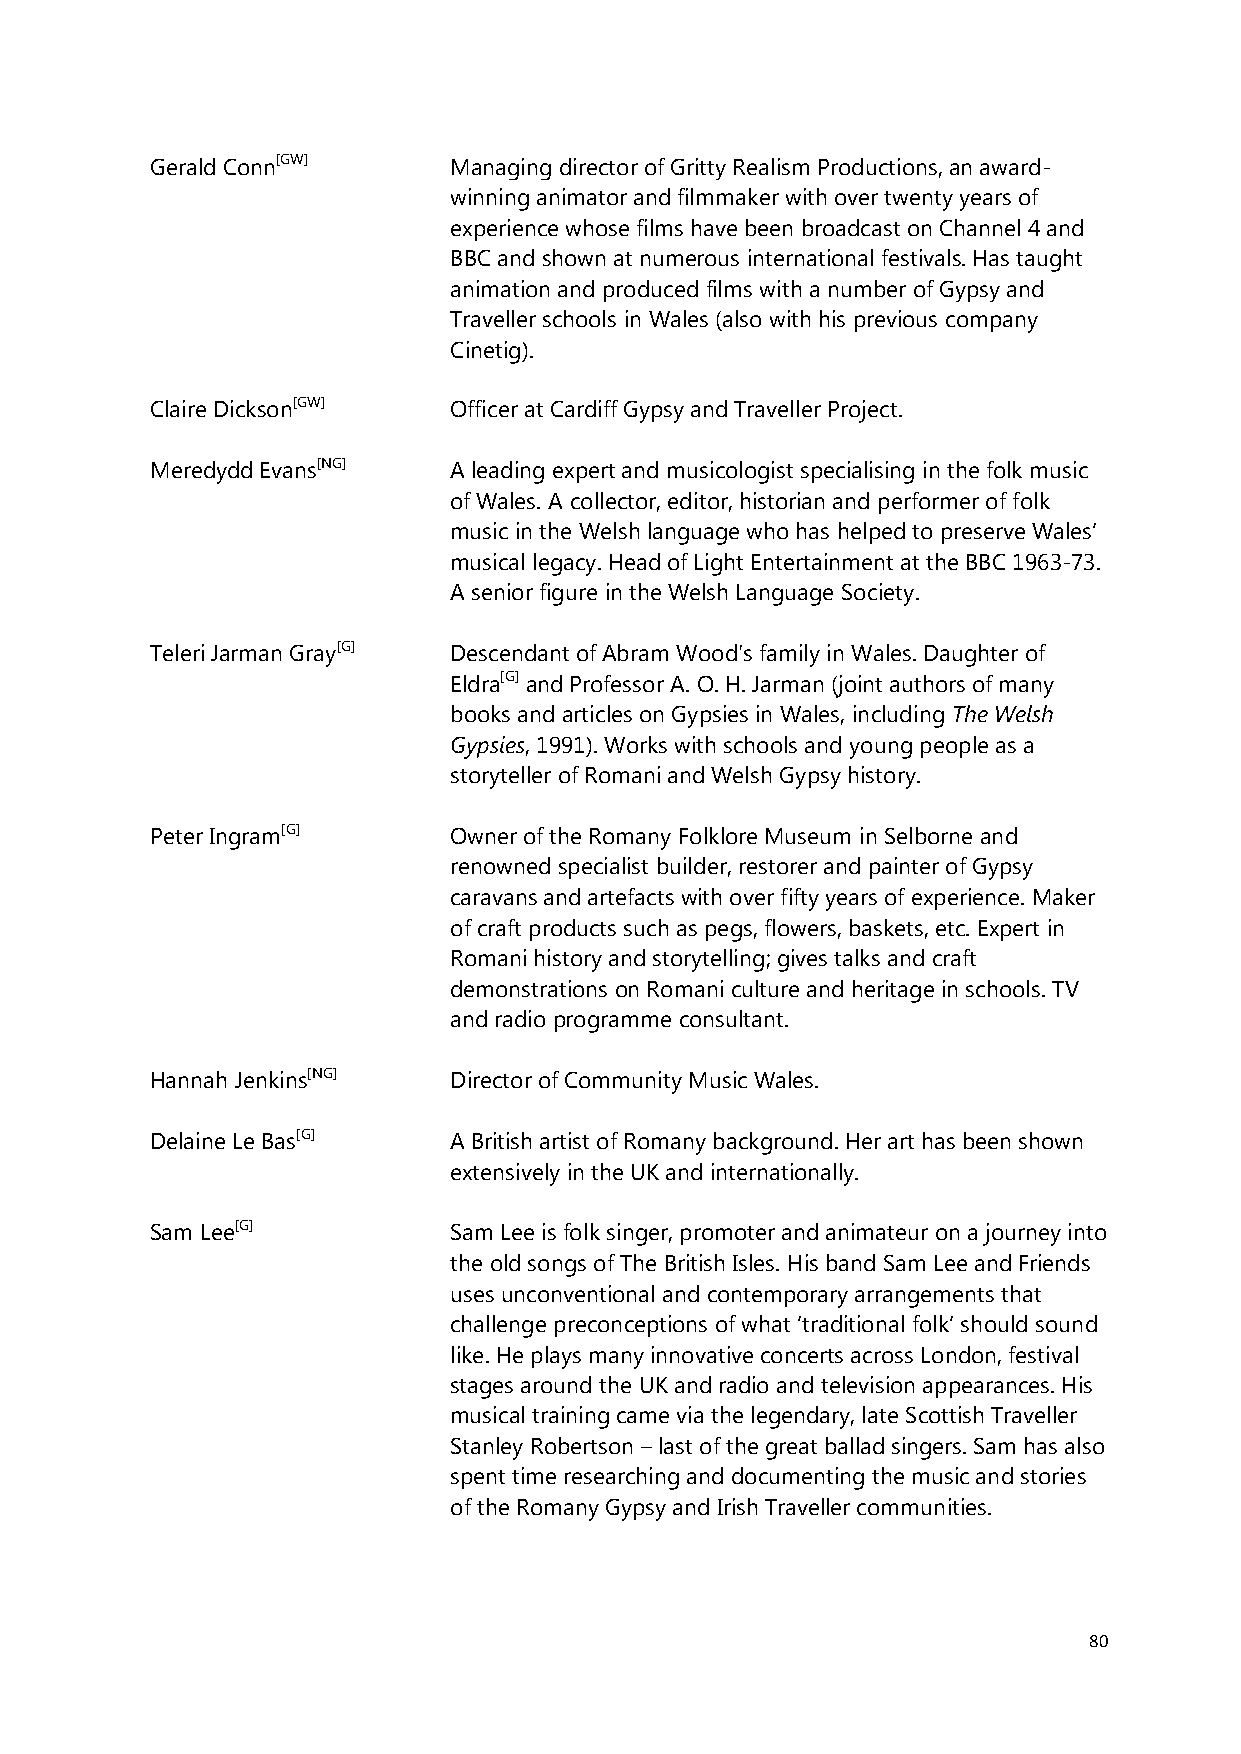
Gerald Conn[GW]     Managing director of Gritty Realism Productions, an award-
 winning animator and filmmaker with over twenty years of
 experience whose films have been broadcast on Channel 4 and
 BBC and shown at numerous international festivals. Has taught
 animation and produced films with a number of Gypsy and
 Traveller schools in Wales (also with his previous company
 Cinetig).
 Claire Dickson[GW]  Officer at Cardiff Gypsy and Traveller Project.
 Meredydd Evans[NG]  A leading expert and musicologist specialising in the folk music
 of Wales. A collector, editor, historian and performer of folk
 music in the Welsh language who has helped to preserve Wales’
 musical legacy. Head of Light Entertainment at the BBC 1963-73.
 A senior figure in the Welsh Language Society.
 Teleri Jarman Gray[G] Descendant of Abram Wood's family in Wales. Daughter of
 Eldra[G] and Professor A. O. H. Jarman (joint authors of many
 books and articles on Gypsies in Wales, including The Welsh
 Gypsies, 1991). Works with schools and young people as a
 storyteller of Romani and Welsh Gypsy history.
 Peter Ingram[G]     Owner of the Romany Folklore Museum in Selborne and
 renowned specialist builder, restorer and painter of Gypsy
 caravans and artefacts with over fifty years of experience. Maker
 of craft products such as pegs, flowers, baskets, etc. Expert in
 Romani history and storytelling; gives talks and craft
 demonstrations on Romani culture and heritage in schools. TV
 and radio programme consultant.
 Hannah Jenkins[NG]  Director of Community Music Wales.
 Delaine Le Bas[G]   A British artist of Romany background. Her art has been shown
 extensively in the UK and internationally.
 Sam Lee[G]          Sam Lee is folk singer, promoter and animateur on a journey into
 the old songs of The British Isles. His band Sam Lee and Friends
 uses unconventional and contemporary arrangements that
 challenge preconceptions of what ʻtraditional folkʼ should sound
 like. He plays many innovative concerts across London, festival
 stages around the UK and radio and television appearances. His
 musical training came via the legendary, late Scottish Traveller
 Stanley Robertson – last of the great ballad singers. Sam has also
 spent time researching and documenting the music and stories
 of the Romany Gypsy and Irish Traveller communities.
 80